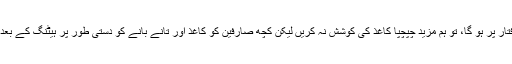
کیونکہ چپچپا کچھ اثرات خشک کرنے والی مشینیں رفتار پر ہو گا، تو ہم مزید چپچپا کاغذ کی کوشش نہ کریں لیکن کچھ صارفین کو کاغذ اور تانے بانے کو دستی طور پر ہیٹنگ کے بعد علیحدہ کرنے کے لئے چاہتے ہیں وہاں اب بھی ہے ۔